Burma Government Medical School reports 1907-22
Year: 1907
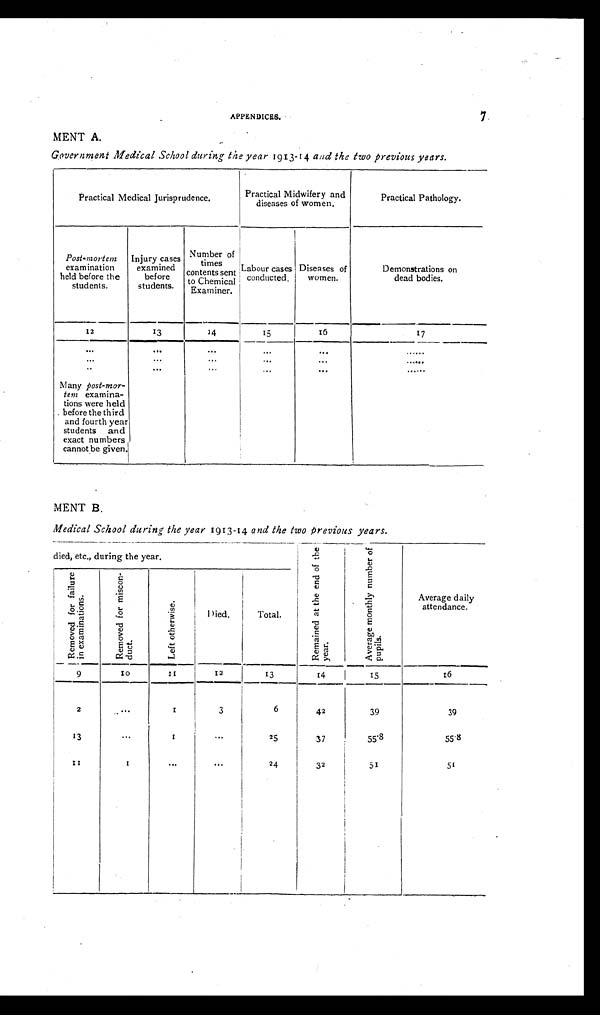
7
APPENDICES.
MENT A.
Government Medical School during the year 1913-14 and the two previous years.
Practical Medical Jurisprudence.
Practical Midwifery and diseases of women.
Practical Pathology.
Post-mortem examination hel d before the
students.
Injury cases examined
before st udent s.
Number of t i mes cont ent s sent
to Chemical Examiner. Labour cases
conducted. Diseases of women.
Demonstrations on
dead bodies.
12
13
14
15 16
15
.
--
16
17
... ... ... Many post-mor-
tem examina-
tions were held
_ before the third
and fourth year
students and
exact numbers
cannot be given. ... ... ...
... ... ...
... ... ...
... ... ...
......
......
......
MENT B.
Medical School during the year 1913-14 and the two previous years.
died, etc., during the year.
Remai ned at t he end of t he year .
Average monthly number of pupils.
Average daily attendance.
Removed for fai l ure i n exami nat i ons.
Removed for
miscon- duct.
Left otherwise.
Died.
Total. Total.
9
10
11
12
13
I
14
15
16
2
13 11
... ... 1
1
1 ...
3
...
...
6 6 6
25
24
42
39
39
42
37
32
39
55'8
51
39
55'8
51
55.8
•..
•..
24
32
j
51
51